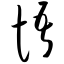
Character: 悟